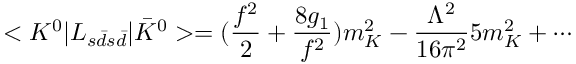
< K ^ { 0 } | { \cal L } _ { s \bar { d } s \bar { d } } | \bar { K } ^ { 0 } > = ( \frac { f ^ { 2 } } { 2 } + \frac { 8 g _ { 1 } } { f ^ { 2 } } ) m _ { K } ^ { 2 } - \frac { \Lambda ^ { 2 } } { 1 6 \pi ^ { 2 } } 5 m _ { K } ^ { 2 } + \cdots